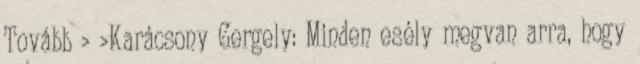
Tovább › ›Karácsony Gergely: Minden esély megvan arra, hogy